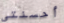
أحسنتي